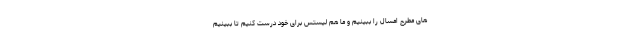
های مطرح امسال را ببینیم و ما هم لیستس برای خود درست کنیم تا ببینیم